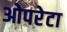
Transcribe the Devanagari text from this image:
ओपरेटा